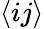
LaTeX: \langle ij\rangle